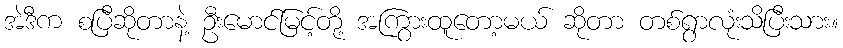
အဲဒီက စပြီဆိုတာနဲ့ ဦးမောင်မြင့်တို့ အကြွားထူတော့မယ် ဆိုတာ တစ်ရွာလုံးသိပြီးသား။